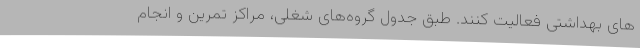
های بهداشتی فعالیت کنند. طبق جدول گروه‌های شغلی، مراکز تمرین و انجام